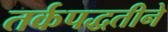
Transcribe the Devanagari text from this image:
तर्कपद्धतीने